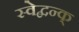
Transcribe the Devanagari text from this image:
स्वेद्बन्क्